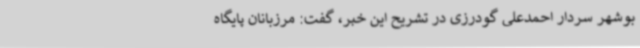
بوشهر سردار احمدعلی گودرزی در تشریح این خبر، گفت: مرزبانان پایگاه